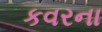
કવરના